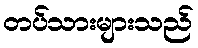
တပ်သားများသည်